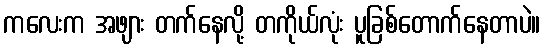
ကလေးက အဖျား တက်နေလို့ တကိုယ်လုံး ပူခြစ်တောက်နေတာပဲ။